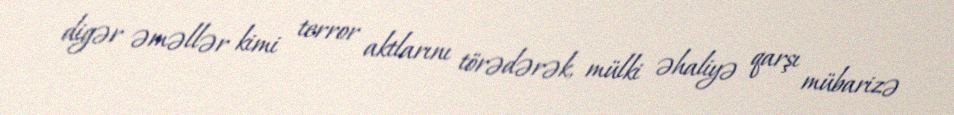
digər əməllər kimi terror aktlarını törədərək, mülki əhaliyə qarşı mübarizə